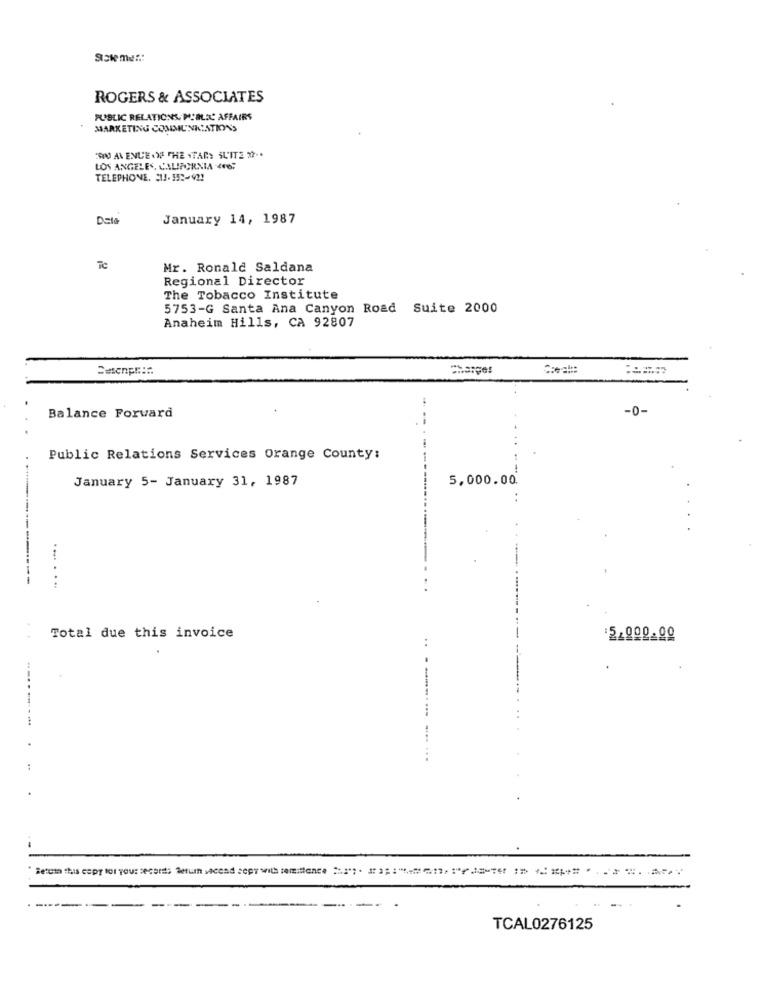
ROGERS & ASSOCIATES
PUBLIC RELATIONS, M'ALIL AFFAIRS
MARKETING COMMUNICATIONS
"ORO AVENUE IN THE STAR> SUITE 27 ..
LOS ANGELES, CALIFORNIA -467
TELEPHONE. 31.152-422
Dela
January 14, 1987
TC
Mr. Ronald Saldana
Regional Director
The Tobacco Institute
5753-G Santa Ana Canyon Road Suite 2000
Anaheim Hills, CA 92807
Setenps:
-0-
Balance Forward
Public Relations Services Orange County:
January 5- January 31, 1987
5,000.00.
..
-------
Total due this invoice
....
Retata this copy for you: secord; Setun sacend sept with remittance =""; . #3 ;: " ======= == ====.=====.
TCAL0276125